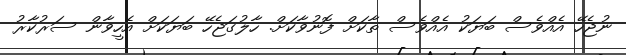
ނުޖެހޭ އެއްވެސް ބަޔަކު އެއްވެސް ތާކަށް ފޮނުވާކަށް. ހާލުގަޖެހޭ ބަޔަކަށް އެހީވާން ސަރުކާރު